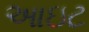
આઇટ